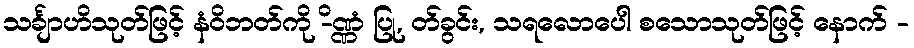
သင်္ချာဟိသုတ်ဖြင့် နံဝိဘတ်ကို -ိဏ္ဏံ ပြု, တ်ခွင်း, သရလောပေါ စသောသုတ်ဖြင့် နောက် -